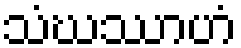
သံဃဿာဟံ